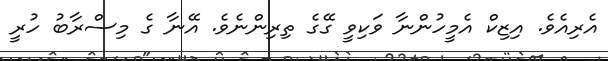
އެރިއެވެ. އިޒިކް އެމީހުންނާ ވަކިވީ ގޭގެ ތިރިންނެވެ. އޭނާ ގެ މިސްރާބު ހުރީ